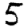
Digit: 5